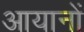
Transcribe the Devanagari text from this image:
आयानों